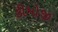
કીમોજી